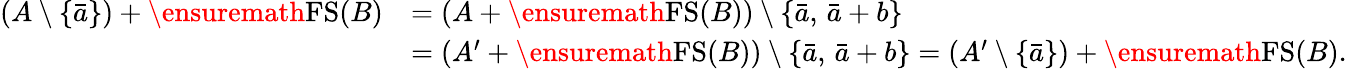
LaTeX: \begin{array}{rl}{(A\setminus\{ \bar{a}\} )+\ensuremath{\operatorname{FS}}(B)}&{=(A+\ensuremath{\operatorname{FS}}(B))\setminus\{ \bar{a},\, \bar{a}+b\} }\\ &{=(A^{\prime}+\ensuremath{\operatorname{FS}}(B))\setminus\{ \bar{a},\, \bar{a}+b\} =(A^{\prime}\setminus\{ \bar{a}\} )+\ensuremath{\operatorname{FS}}(B).}\end{array}